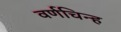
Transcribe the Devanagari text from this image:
वर्णचिन्ह